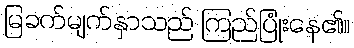
မြခက်မျက်နှာသည် ကြည်ပြုံးနေ၏။